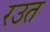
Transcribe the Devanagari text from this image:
रउत